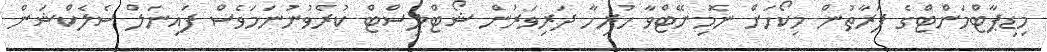
މިޑިޕާޓްމަންޓްގެ ފަރާތުން މިކޯހަށް ނޮމިނޭޓްވާ ހުރިހާ ދަރިވަރުން ޝޯޓްލިސްޓް ކުރެވުނުނަމަވެސް ފައިނަލް ސެލެކްޝަން